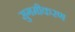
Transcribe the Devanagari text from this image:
सुगमीकरण